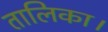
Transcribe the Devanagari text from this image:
तालिका।